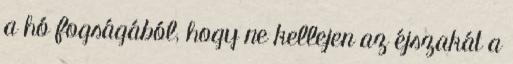
a hó fogságából, hogy ne kellejen az éjszakát a